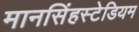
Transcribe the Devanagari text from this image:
मानसिंहस्टेडियम